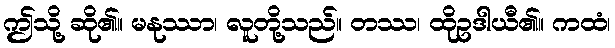
ဤသို့ ဆို၏။ မနုဿာ၊ လူတို့သည်။ တဿ၊ ထိုဥဒါယီ၏။ ကထံ၊